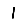
Digit: 1